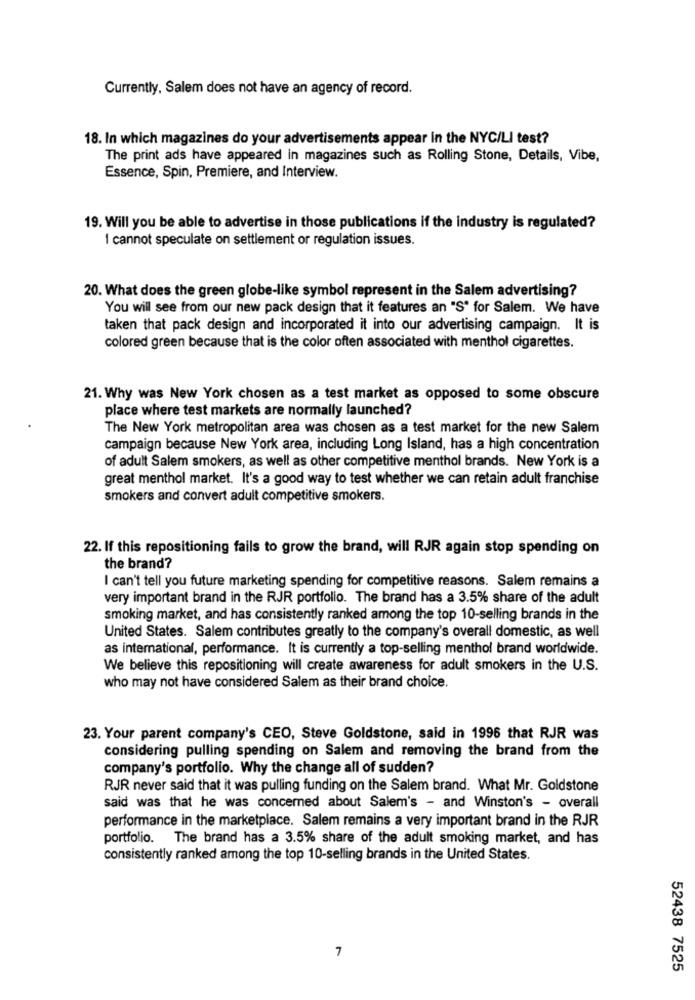
Currently, Salem does not have an agency of record.
18. In which magazines do your advertisements appear in the NYC/LI test?
The print ads have appeared in magazines such as Rolling Stone, Details, Vibe,
Essence, Spin, Premiere, and Interview.
19. Will you be able to advertise in those publications if the industry is regulated?
1 cannot speculate on settlement or regulation issues.
20. What does the green globe-like symbol represent in the Salem advertising?
You will see from our new pack design that it features an "S" for Salem. We have
taken that pack design and incorporated it into our advertising campaign. It is
colored green because that is the color often associated with menthol cigarettes.
21. Why was New York chosen as a test market as opposed to some obscure
place where test markets are normally launched?
The New York metropolitan area was chosen as a test market for the new Salem
campaign because New York area, including Long Island, has a high concentration
of adult Salem smokers, as well as other competitive menthol brands. New York is a
great menthol market. It's a good way to test whether we can retain adult franchise
smokers and convert adult competitive smokers.
22. If this repositioning fails to grow the brand, will RJR again stop spending on
the brand?
I can't tell you future marketing spending for competitive reasons. Salem remains a
very important brand in the RJR portfolio. The brand has a 3.5% share of the adult
smoking market, and has consistently ranked among the top 10-selling brands in the
United States. Salem contributes greatly to the company's overall domestic, as well
as international, performance. It is currently a top-selling menthol brand worldwide.
We believe this repositioning will create awareness for adult smokers in the U.S.
who may not have considered Salem as their brand choice.
23. Your parent company's CEO, Steve Goldstone, said in 1996 that RJR was
considering pulling spending on Salem and removing the brand from the
company's portfolio. Why the change all of sudden?
RJR never said that it was pulling funding on the Salem brand. What Mr. Goldstone
said was that he was concerned about Salem's - and Winston's - overall
performance in the marketplace. Salem remains a very important brand in the RJR
portfolio. The brand has a 3.5% share of the adult smoking market, and has
consistently ranked among the top 10-selling brands in the United States.
7
52438 7525